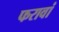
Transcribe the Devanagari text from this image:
फरावां